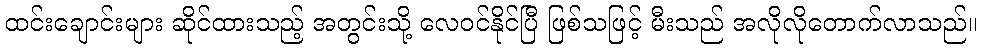
ထင်းချောင်းများ ဆိုင်ထားသည့် အတွင်းသို့ လေဝင်နိုင်ပြီ ဖြစ်သဖြင့် မီးသည် အလိုလိုတောက်လာသည်။